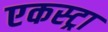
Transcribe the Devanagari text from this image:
एकस्ट्रा